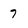
Character: 7